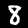
Label: 8